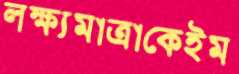
লক্ষ্যমাত্রাকেইম